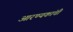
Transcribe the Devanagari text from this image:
आरण्यकांची